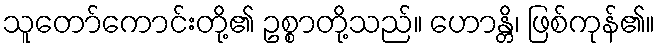
သူတော်ကောင်းတို့၏ ဥစ္စာတို့သည်။ ဟောန္တိ၊ ဖြစ်ကုန်၏။